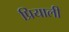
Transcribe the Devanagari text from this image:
प्रियाली